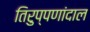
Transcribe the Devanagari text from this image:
तिरुप्पणांदाल